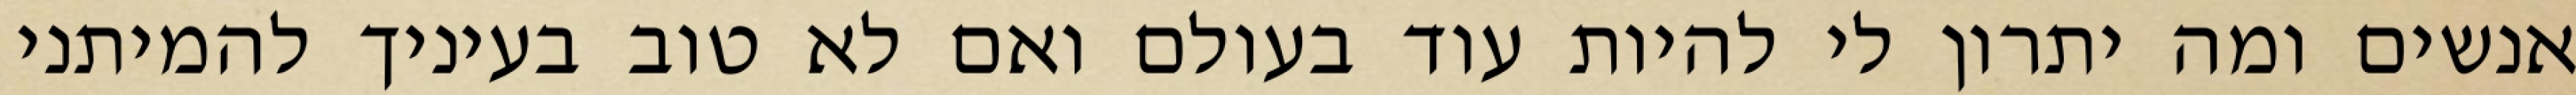
אנשים ומה יתרון לי להיות עוד בעולם ואם לא טוב בעיניך להמיתני